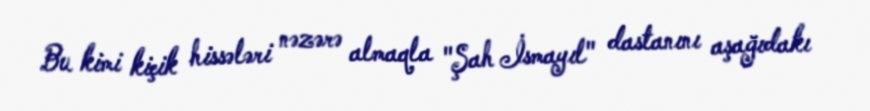
Bu kimi kiçik hissələri nəzərə almaqla "Şah İsmayıl" dastanını aşağıdakı